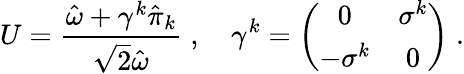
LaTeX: U={\frac{\hat{\omega}+\gamma^{k}\hat{\pi}_{k}}{\sqrt 2\hat{\omega}}}\; ,\quad\gamma^{k}=\left(\begin{array}{cc}{{0}}&{{\sigma^{k}}}\\ {{-\sigma^{k}}}&{{0}}\end{array}\right)\; .